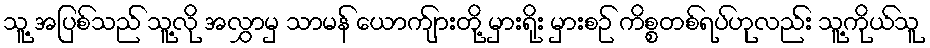
သူ့ အပြစ်သည် သူ့လို အလွှာမှ သာမန် ယောက်ျားတို့ မှားရိုး မှားစဉ် ကိစ္စတစ်ရပ်ဟုလည်း သူ့ကိုယ်သူ